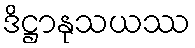
ဒိဋ္ဌာနုသယဿ